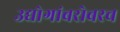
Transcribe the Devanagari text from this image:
उद्योगांबरोबरच